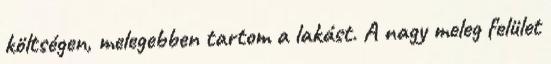
költségen, melegebben tartom a lakást. A nagy meleg felület